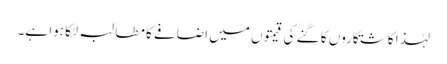
لہٰذا کاشتکاروں کا گنے کی قیمتوں میں اضافے کا مطالبہ لٹکا ہوا ہے۔